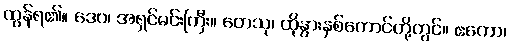
ထွန်ရ၏။ ဒေဝ၊ အရှင်မင်းကြီး။ တေသု၊ ထိုနွားနှစ်ကောင်တို့တွင်။ ဧကော၊